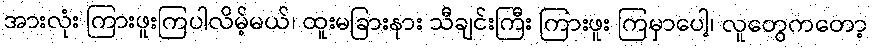
အားလုံး ကြားဖူးကြပါလိမ့်မယ်၊ ထူးမခြားနား သီချင်းကြီး ကြားဖူး ကြမှာပေါ့၊ လူတွေကတော့